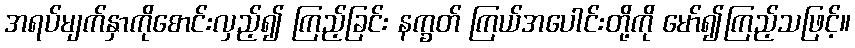
အရပ်မျက်နှာကိုစောင်းလှည့်၍ ကြည့်ခြင်း နက္ခတ် ကြယ်အပေါင်းတို့ကို မော်၍ကြည့်သဖြင့်။